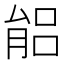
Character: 𦝕